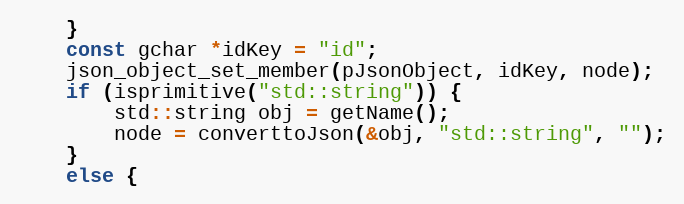
Language: C++
	}
	const gchar *idKey = "id";
	json_object_set_member(pJsonObject, idKey, node);
	if (isprimitive("std::string")) {
		std::string obj = getName();
		node = converttoJson(&obj, "std::string", "");
	}
	else {